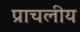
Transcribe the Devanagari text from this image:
प्राचलीय